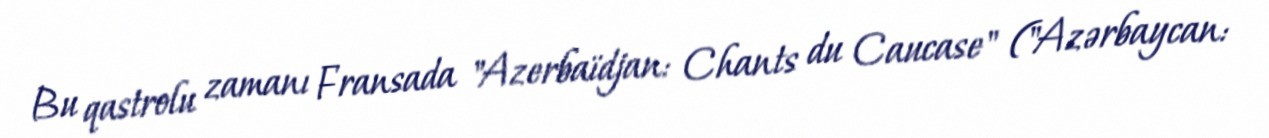
Bu qastrolu zamanı Fransada "Azerbaïdjan: Chants du Caucase" ("Azərbaycan: